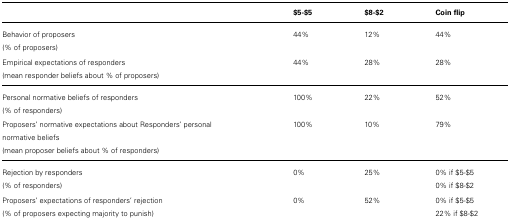
<table><thead><tr><td></td><td><b>$5-$5</b></td><td><b>$8-$2</b></td><td><b>Coin flip</b></td></tr></thead><tbody><tr><td>Behavior of proposers(% of proposers)</td><td>44%</td><td>12%</td><td>44%</td></tr><tr><td>Empirical expectations of responders(mean responder beliefs about % of proposers)</td><td>44%</td><td>28%</td><td>28%</td></tr><tr><td>Personal normative beliefs of responders(% of responders)</td><td>100%</td><td>22%</td><td>52%</td></tr><tr><td>Proposers’ normative expectations about Responders’ personal normative beliefs(mean proposer beliefs about % of responders)</td><td>100%</td><td>10%</td><td>79%</td></tr><tr><td>Rejection by responders(% of responders)</td><td>0%</td><td>25%</td><td>0% if $5-$5 0% if $8-$2</td></tr><tr><td>Proposers’ expectations of responders’ rejection(% of proposers expecting majority to punish)</td><td>0%</td><td>52%</td><td>0% if $5-$522% if $8-$2</td></tr></tbody></table>